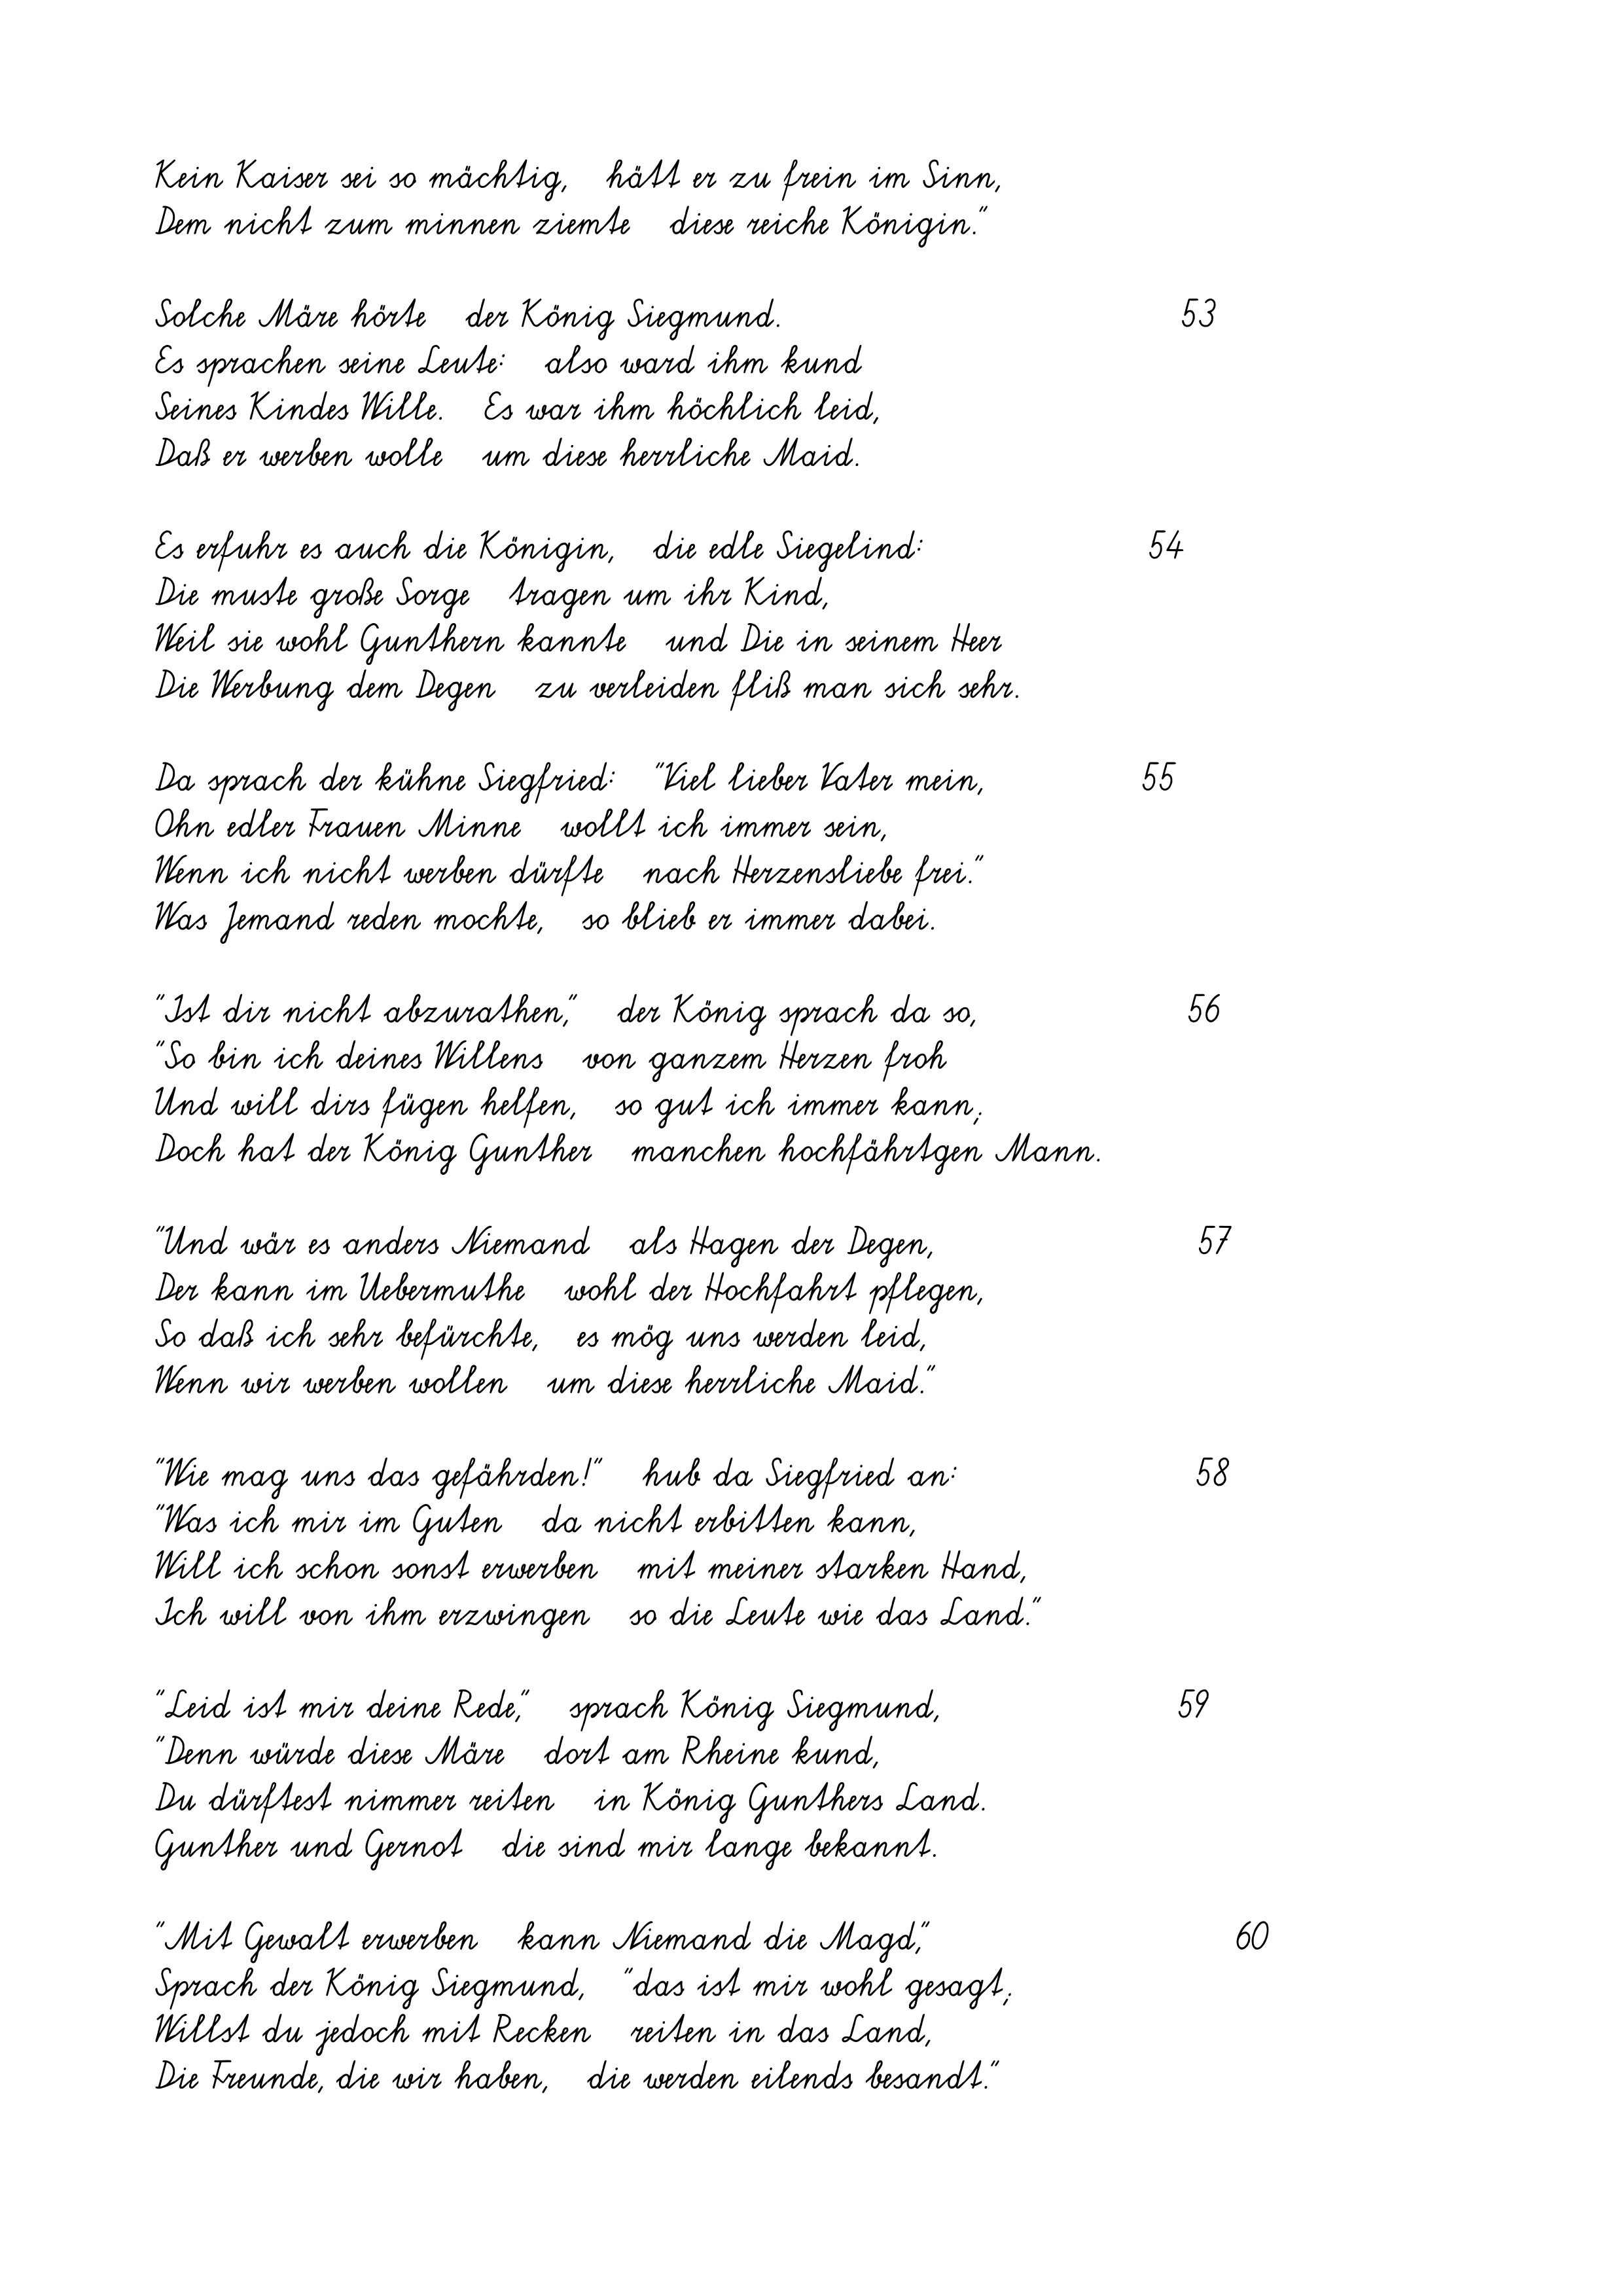
Kein Kaiser sei so mächtig,   hätt er zu frein im Sinn,
Dem nicht zum minnen ziemte   diese reiche Königin."
Solche Märe hörte   der König Siegmund.
Es sprachen seine Leute:   also ward ihm kund
Seines Kindes Wille.   Es war ihm höchlich leid,
Daß er werben wolle   um diese herrliche Maid.
Es erfuhr es auch die Königin,   die edle Siegelind:
Die muste große Sorge   tragen um ihr Kind,
Weil sie wohl Gunthern kannte   und Die in seinem Heer
Die Werbung dem Degen   zu verleiden fliß man sich sehr.
Da sprach der kühne Siegfried:   "Viel lieber Vater mein,
Ohn edler Frauen Minne   wollt ich immer sein,
Wenn ich nicht werben dürfte   nach Herzensliebe frei."
Was Jemand reden mochte,   so blieb er immer dabei.
"Ist dir nicht abzurathen,"   der König sprach da so,
"So bin ich deines Willens   von ganzem Herzen froh
Und will dirs fügen helfen,   so gut ich immer kann;
Doch hat der König Gunther   manchen hochfährtgen Mann.
"Und wär es anders Niemand   als Hagen der Degen,
Der kann im Uebermuthe   wohl der Hochfahrt pflegen,
So daß ich sehr befürchte,   es mög uns werden leid,
Wenn wir werben wollen   um diese herrliche Maid."
"Wie mag uns das gefährden!"   hub da Siegfried an:
"Was ich mir im Guten   da nicht erbitten kann,
Will ich schon sonst erwerben   mit meiner starken Hand,
Ich will von ihm erzwingen   so die Leute wie das Land."
"Leid ist mir deine Rede,"   sprach König Siegmund,
"Denn würde diese Märe   dort am Rheine kund,
Du dürftest nimmer reiten   in König Gunthers Land.
Gunther und Gernot   die sind mir lange bekannt.
"Mit Gewalt erwerben   kann Niemand die Magd,"
Sprach der König Siegmund,   "das ist mir wohl gesagt;
Willst du jedoch mit Recken   reiten in das Land,
Die Freunde, die wir haben,   die werden eilends besandt."

54
55

59

53

56
57
58

60